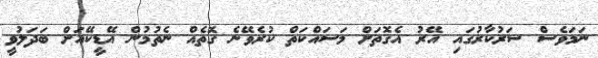
ނަމަވެސް ސަރުކާރުގައި އޭރު އެގޮތަށް މަސައްކަތް ކުރެވޭނެ ގޮތެއް ނެތުމުން އޭޑީކޭއަށް ބަދަލުވީ